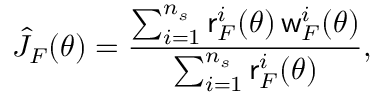
\hat { J } _ { F } ( \theta ) = \frac { \sum _ { i = 1 } ^ { n _ { s } } \mathsf { r } _ { F } ^ { i } ( \theta ) \, \mathsf { w } _ { F } ^ { i } ( \theta ) } { \sum _ { i = 1 } ^ { n _ { s } } \mathsf { r } _ { F } ^ { i } ( \theta ) } ,